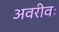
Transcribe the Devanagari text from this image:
अवरीवः